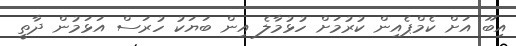
އިބޫ އަށް ކެމްޕެއިން ކުރުމަށް ހުޅުމާލެ އިން ބަޔަކު ހުރަސް އަޅަމުން ދާތީ